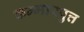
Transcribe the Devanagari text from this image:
कम्मारपुत्त